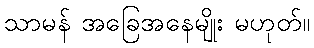
သာမန် အခြေအနေမျိုး မဟုတ်။